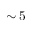
\sim 5